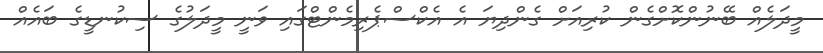
މީދަލެއް ބޭނުންކޮށްގެން ކުރިއަށް ގެންދިޔަ އެ އެކްސްޕެރިމެންޓްގައި ވަނީ މީދަލުގެ ސިކުނޑީގެ ބައެއް